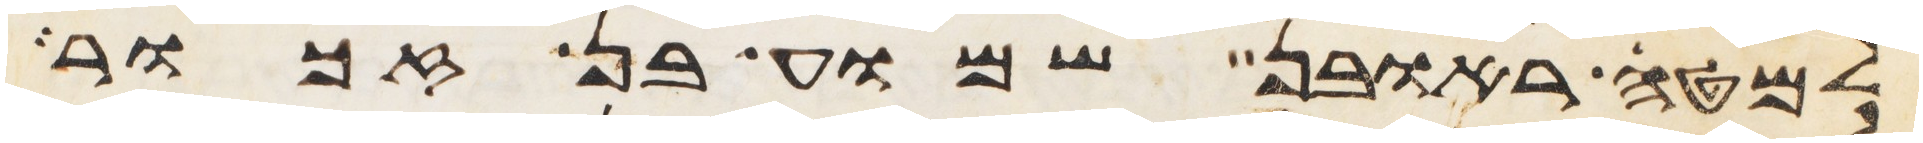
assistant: למטה ראובן שמוע בן זכור